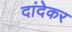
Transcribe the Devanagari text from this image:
दांदेकर